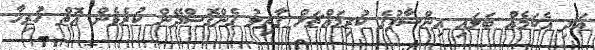
އަދި އެކަމެއް ބަލައި އިންސާފުގެ ކުރިމައްޗަށް ގާތިލު ގެންގޮސްދޭން ކުރެވެން އޮތް ހުރިހާ